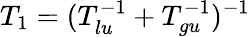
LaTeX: T_{1}=(T_{lu}^{-1}+T_{gu}^{-1})^{-1}